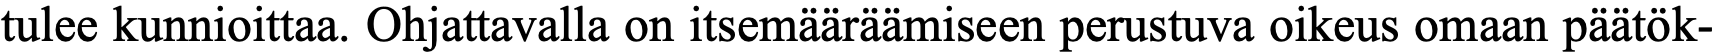
tulee kunnioittaa. Ohjattavalla on itsemääräämiseen perustuva oikeus omaan päätök-